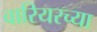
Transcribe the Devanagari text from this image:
वारियरच्या